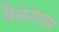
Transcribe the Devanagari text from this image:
वैनेतेयम